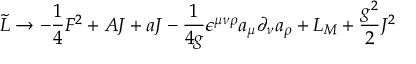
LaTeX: \tilde { { \cal L } } \rightarrow - \frac { 1 } { 4 } { \cal F } ^ { 2 } + { \cal A } J + a J - \frac { 1 } { 4 g } \epsilon ^ { \mu \nu \rho } a _ { \mu } \partial _ { \nu } a _ { \rho } + { \cal L } _ { M } + \frac { g ^ { 2 } } { 2 } J ^ { 2 }